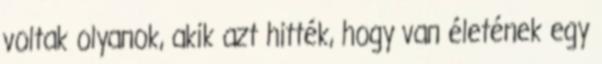
voltak olyanok, akik azt hitték, hogy van életének egy